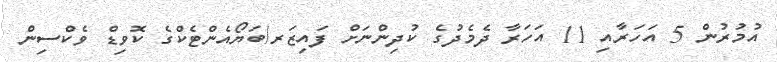
އުމުރުން 5 އަހަރާއި 11 އަހަރާ ދެމެދުގެ ކުދިންނަށް ފައިޒަރ/ބަޔޯއެންޓެކްގެ ކޮވިޑް ވެކްސިން